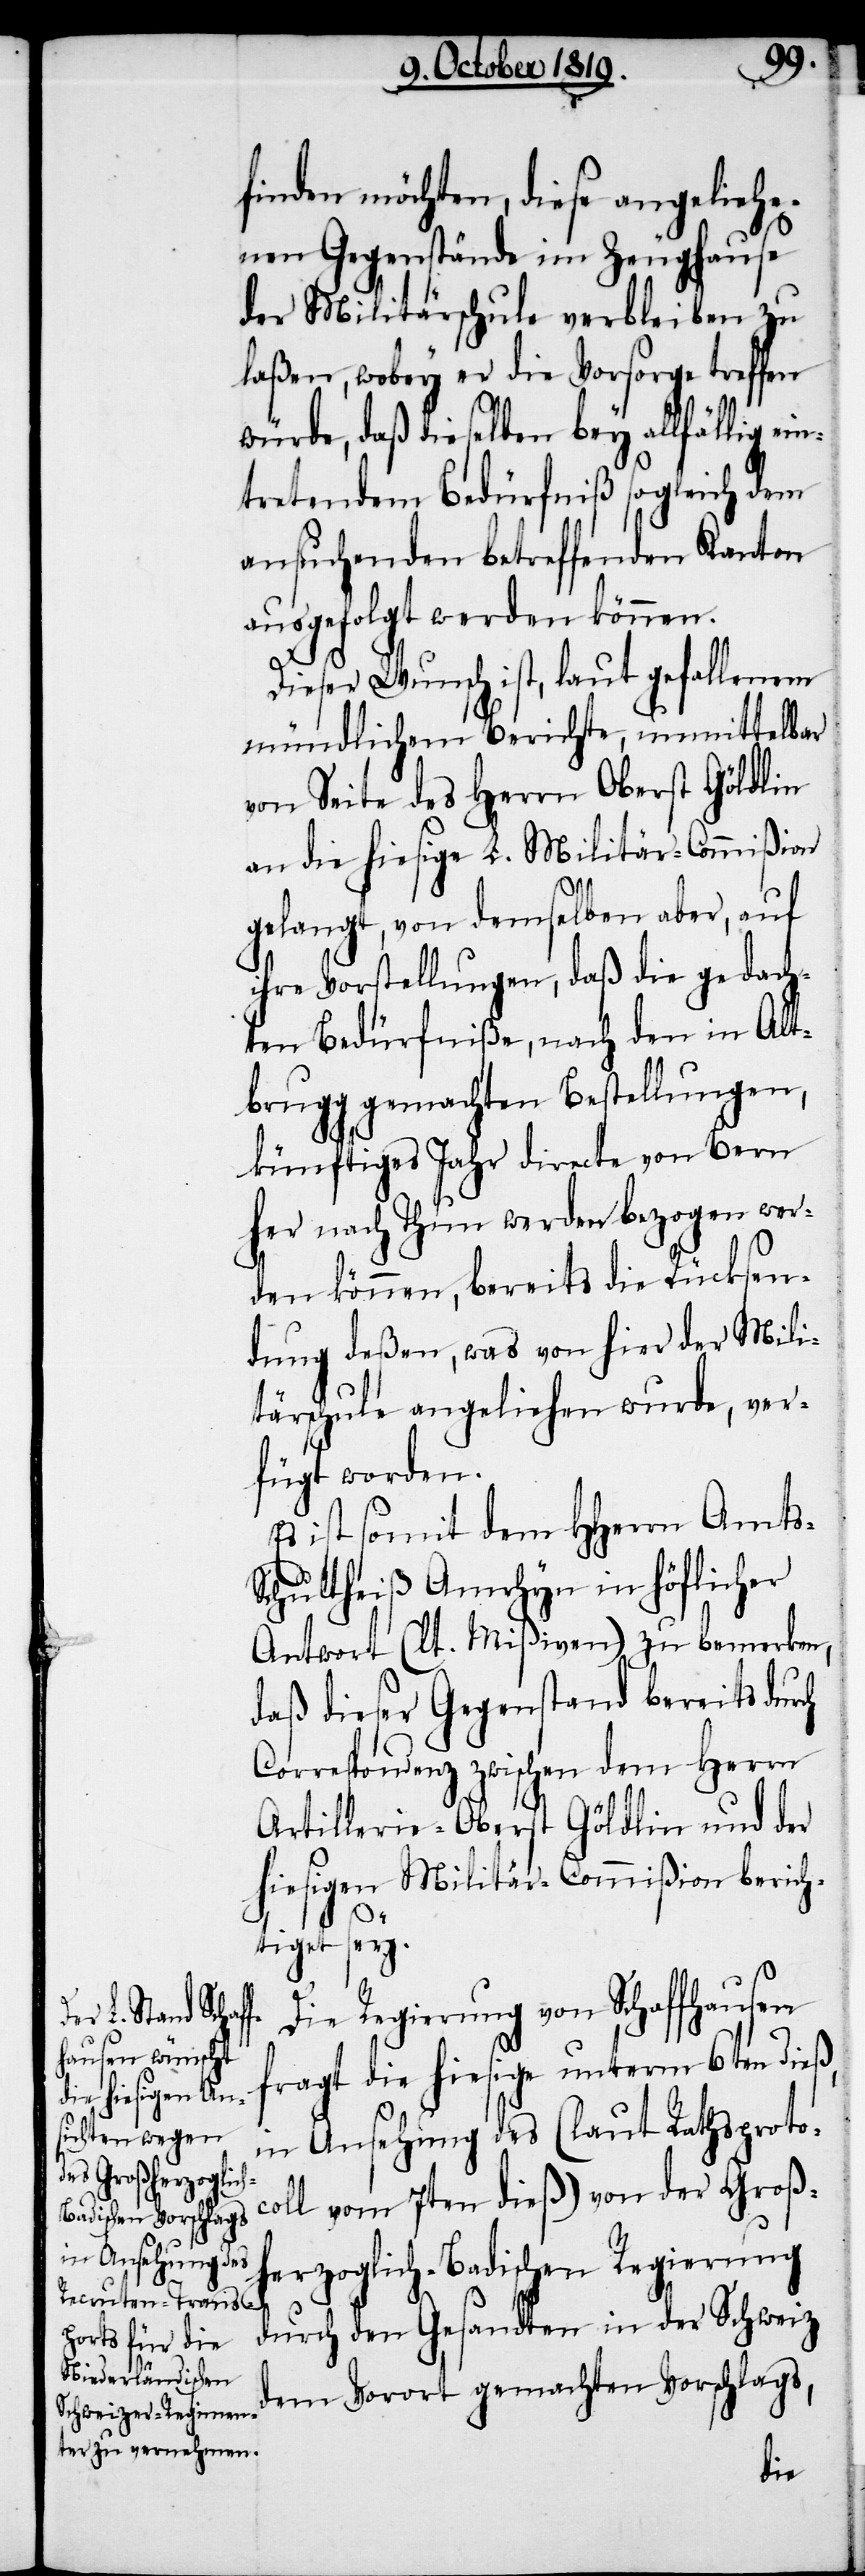
finden möchten, diese angeliehe¬
nen Gegenstände im Zeughause
der Militärschule verbleiben zu
laßen, wobey er die Vorsorge treffen
würde, daß dieselben bey allfällig ei¬
ntretendem Bedürfniß sogleich dem
ansuchenden betreffenden Kanton
ausgefolgt werden können.
Dieser Wunsch ist, laut gefallenem
mündlichem Berichte, unmittelbar
von Seite des Herrn Oberst Göldlin
an die hiesige L. Militär-Commißion
gelangt, von demselben aber, auf
ihre Vorstellungen, daß die gedach¬
ten Bedürfniße, nach den in Alt¬
brugg gemachten Bestellungen,
künftiges Jahr directe von Bern
her nach Thun werden bezogen wer¬
den können, bereits die Rücksen¬
dung deßen, was von hier der Mili¬
tärschule angeliehen wurde, ver¬
fügt worden.
Es ist somit dem HHerrn Amts-S¬
chultheiß Amrhyn in höflicher
Antwort (lt. Mißiven) zu bemerken,
daß dieser Gegenstand bereits durch
Correspondenz zwischen dem Herrn
Artillerie-Oberst Göldlin und der
hiesigen Militär-Commißion berich¬
tiget sey.
Die Regierung von Schaffhausen
fragt die hiesige unterm 6ten dieß,
in Ansehung des (laut Rathsprotoc¬
oll vom 7ten dieß) von der Großh¬
erzoglich-Badischen Regierung
durch den Gesandten in der Schweiz
dem Vorort gemachten Vorschlags,